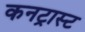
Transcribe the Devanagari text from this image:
कनट्रास्ट